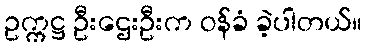
ဥက္ကဋ္ဌ ဦးဌေးဦးက ဝန်ခံ ခဲ့ပါတယ်။